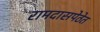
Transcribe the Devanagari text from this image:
रामदासपेठेत